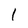
Character: 1